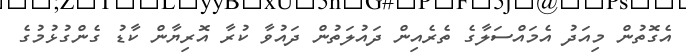
އެގޮތުން މިއަދު އެމައްސަލާގެ ތެރެއިން ދައުލަތުން ދައުވާ ކުރާ އޮރިޔާން ކާޑު ގެންގުޅުމުގެ